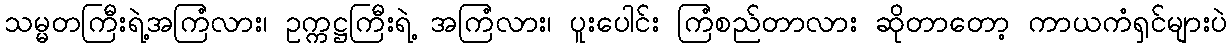
သမ္မတကြီးရဲ့အကြံလား၊ ဥက္ကဋ္ဌကြီးရဲ့ အကြံလား၊ ပူးပေါင်း ကြံစည်တာလား ဆိုတာတော့ ကာယကံရှင်များပဲ